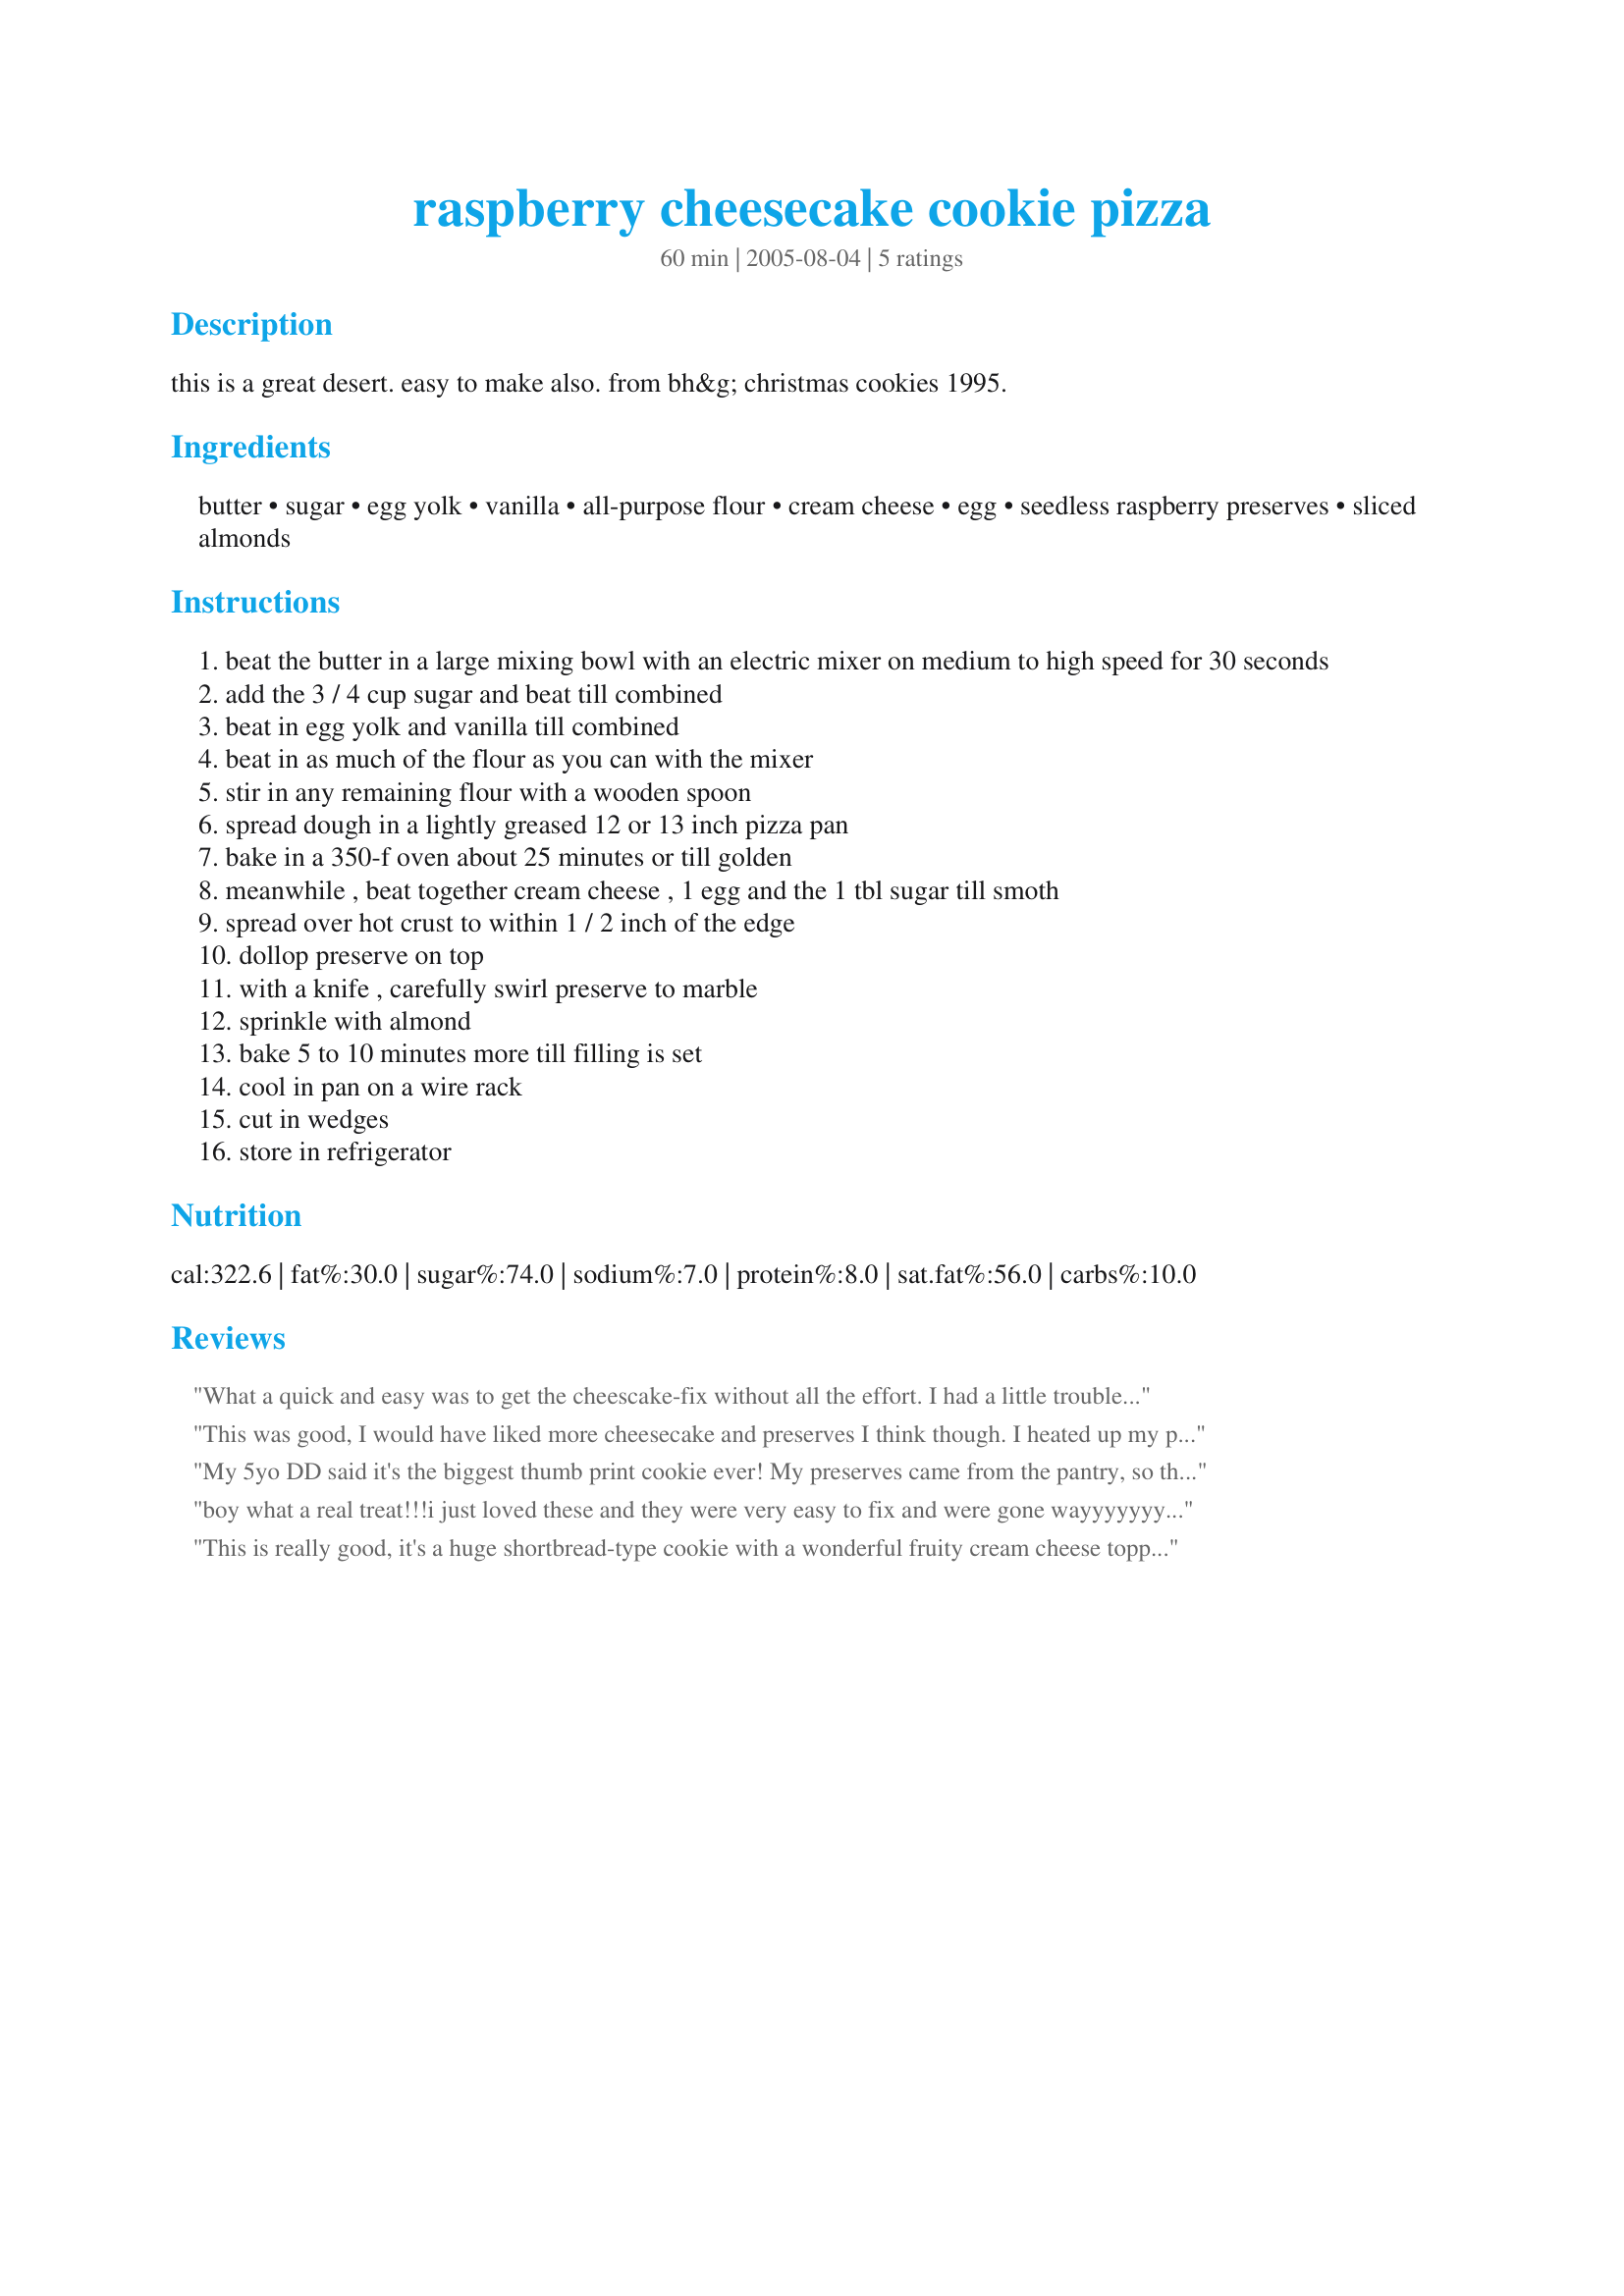
raspberry cheesecake cookie pizza
Preparation time: 60 minutes

this is a great desert. easy to make also. from bh&g christmas cookies 1995.

Ingredients:
butter, sugar, egg yolk, vanilla, all-purpose flour, cream cheese, egg, seedless raspberry preserves, sliced almonds

Steps:
beat the butter in a large mixing bowl with an electric mixer on medium to high speed for 30 seconds
add the 3 / 4 cup sugar and beat till combined
beat in egg yolk and vanilla till combined
beat in as much of the flour as you can with the mixer
stir in any remaining flour with a wooden spoon
spread dough in a lightly greased 12 or 13 inch pizza pan
bake in a 350-f oven about 25 minutes or till golden
meanwhile , beat together cream cheese , 1 egg and the 1 tbl sugar till smoth
spread over hot crust to within 1 / 2 inch of the edge
dollop preserve on top
with a knife , carefully swirl preserve to marble
sprinkle with almond
bake 5 to 10 minutes more till filling is set
cool in pan on a wire rack
cut in wedges
store in refrigerator

Reviews:
What a quick and easy was to get the cheescake-fix without all the effort. I had a little trouble dollopping the preserves and marbling. I think it would have gone easier if I had heated up the preserves a bit first to soften them a bit.
This was good, I would have liked more cheesecake and preserves I think though. I heated up my preserves and they seemed to marble very well. I also cooked my cookie bottom for 20 minutes and then the topping took almost 10 minutes to set and I think the cookie was still a bit harder then I would have liked.
My 5yo DD said it's the biggest thumb print cookie ever! My preserves came from the pantry, so they were already room temperature. I think this really helped a lot. I added a little more sugar to the cream cheese, just because we like it sweeter. Made and Reviewed for Every Day Holiday Tag - Thanks! :)
boy what a real treat!!!i just loved these and they were very easy to fix and were gone wayyyyyyyy too quick we will enjoy these many more times thanks for sharing
This is really good, it's a huge shortbread-type cookie with a wonderful fruity cream cheese topping over it, the only change I made was I used homemade apricot jelly (Dienia Bennett's recipe #152579) in place of the raspberry, which worked out very well. what a wonderfil treat, thanks for sharing Nims!...Kitten:)
